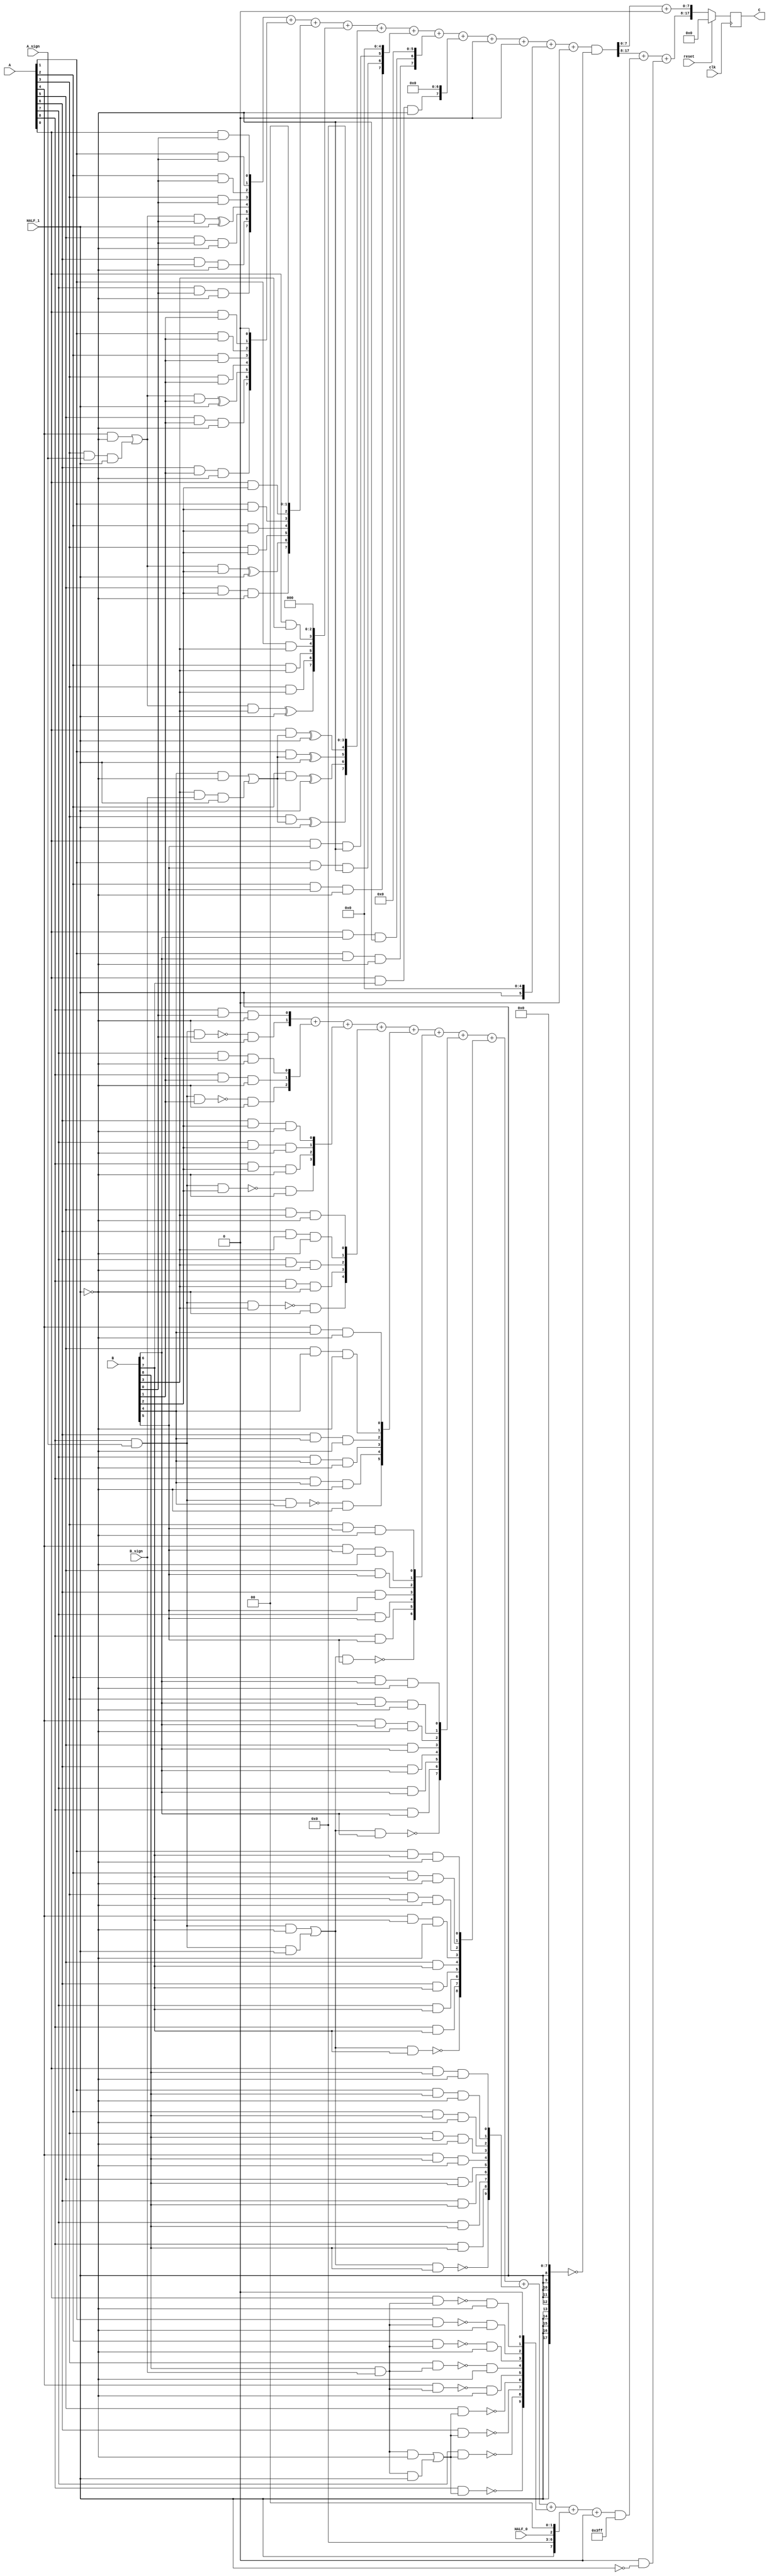
module multiplier_S_C3x2_F1_9bits_9bits_HighLevelDescribed_auto(
		input clk,
		input reset,

		input [A_chop_size-1:0] A,
		input [B_chop_size-1:0] B,

		input A_sign,
		input B_sign,

		input HALF_0,	// a selector bit to switch computation to half mode level 0
		input HALF_1,	// a selector bit to switch computation to half mode level 1

		output reg [A_chop_size+B_chop_size-1:0] C
	);

parameter A_chop_size = 9;
parameter B_chop_size = 9;

// to support both signed and unsigned multiplication
// sign extension regarding extra sign identifier
wire A_extended_level0_0;
wire B_extended_level0_0;
assign A_extended_level0_0 = (A[8])&(A_sign);
assign B_extended_level0_0 = (B[8])&(B_sign);

wire A_extended_level1_0;
wire B_extended_level1_0;
assign A_extended_level1_0 = (A[8])&(A_sign);
assign B_extended_level1_0 = (B[8])&(B_sign);
wire A_extended_level1_1;
wire B_extended_level1_1;
assign A_extended_level1_1 = (A[3])&(A_sign);
assign B_extended_level1_1 = (B[3])&(B_sign);


reg [A_chop_size:0] PP [B_chop_size:0];
always @(*) begin
	PP[0][0] = (A[0])&(B[0]);
	PP[0][1] = (A[1])&(B[0]);
	PP[0][2] = (A[2])&(B[0]);
	PP[0][3] = (A[3])&(B[0]);
	PP[0][4] = ((((A[4])&(~(HALF_1)))|((A_extended_level1_1)&(HALF_1)))&(B[0]))^(HALF_1);
	PP[0][5] = ((A[5])&(B[0]))&(~(HALF_1));
	PP[0][6] = ((A[6])&(B[0]))&(~(HALF_1));
	PP[0][7] = ((A[7])&(B[0]))&(~(HALF_1));
	PP[0][8] = ((A[8])&(B[0]))&(~(HALF_1));
	PP[0][9] = (~((A_extended_level0_0)&(B[0])))&(~(HALF_1));
	PP[1][0] = (A[0])&(B[1]);
	PP[1][1] = (A[1])&(B[1]);
	PP[1][2] = (A[2])&(B[1]);
	PP[1][3] = (A[3])&(B[1]);
	PP[1][4] = ((((A[4])&(~(HALF_1)))|((A_extended_level1_1)&(HALF_1)))&(B[1]))^(HALF_1);
	PP[1][5] = ((A[5])&(B[1]))&(~(HALF_1));
	PP[1][6] = ((A[6])&(B[1]))&(~(HALF_1));
	PP[1][7] = ((A[7])&(B[1]))&(~(HALF_1));
	PP[1][8] = ((A[8])&(B[1]))&(~(HALF_1));
	PP[1][9] = (~((A_extended_level0_0)&(B[1])))&(~(HALF_1));
	PP[2][0] = (A[0])&(B[2]);
	PP[2][1] = (A[1])&(B[2]);
	PP[2][2] = (A[2])&(B[2]);
	PP[2][3] = (A[3])&(B[2]);
	PP[2][4] = ((((A[4])&(~(HALF_1)))|((A_extended_level1_1)&(HALF_1)))&(B[2]))^(HALF_1);
	PP[2][5] = ((A[5])&(B[2]))&(~(HALF_1));
	PP[2][6] = ((A[6])&(B[2]))&(~(HALF_1));
	PP[2][7] = ((A[7])&(B[2]))&(~(HALF_1));
	PP[2][8] = ((A[8])&(B[2]))&(~(HALF_1));
	PP[2][9] = (~((A_extended_level0_0)&(B[2])))&(~(HALF_1));
	PP[3][0] = (A[0])&(B[3]);
	PP[3][1] = (A[1])&(B[3]);
	PP[3][2] = (A[2])&(B[3]);
	PP[3][3] = (A[3])&(B[3]);
	PP[3][4] = ((((A[4])&(~(HALF_1)))|((A_extended_level1_1)&(HALF_1)))&(B[3]))^(HALF_1);
	PP[3][5] = ((A[5])&(B[3]))&(~(HALF_1));
	PP[3][6] = ((A[6])&(B[3]))&(~(HALF_1));
	PP[3][7] = ((A[7])&(B[3]))&(~(HALF_1));
	PP[3][8] = ((A[8])&(B[3]))&(~(HALF_1));
	PP[3][9] = (~((A_extended_level0_0)&(B[3])))&(~(HALF_1));
	PP[4][0] = ((A[0])&(((B[4])&(~(HALF_1)))|((B_extended_level1_1)&(HALF_1))))^(HALF_1);
	PP[4][1] = ((A[1])&(((B[4])&(~(HALF_1)))|((B_extended_level1_1)&(HALF_1))))^(HALF_1);
	PP[4][2] = ((A[2])&(((B[4])&(~(HALF_1)))|((B_extended_level1_1)&(HALF_1))))^(HALF_1);
	PP[4][3] = ((A[3])&(((B[4])&(~(HALF_1)))|((B_extended_level1_1)&(HALF_1))))^(HALF_1);
	PP[4][4] = ((A[4])&(B[4]))&(~(HALF_1));
	PP[4][5] = ((A[5])&(B[4]))&(~(HALF_1));
	PP[4][6] = ((A[6])&(B[4]))&(~(HALF_1));
	PP[4][7] = ((A[7])&(B[4]))&(~(HALF_1));
	PP[4][8] = ((A[8])&(B[4]))&(~(HALF_1));
	PP[4][9] = (~((A_extended_level0_0)&(B[4])))&(~(HALF_1));
	PP[5][0] = ((A[0])&(B[5]))&(~(HALF_1));
	PP[5][1] = ((A[1])&(B[5]))&(~(HALF_1));
	PP[5][2] = ((A[2])&(B[5]))&(~(HALF_1));
	PP[5][3] = ((A[3])&(B[5]))&(~(HALF_1));
	PP[5][4] = ((A[4])&(B[5]))&(~(HALF_1));
	PP[5][5] = (A[5])&(B[5]);
	PP[5][6] = (A[6])&(B[5]);
	PP[5][7] = (A[7])&(B[5]);
	PP[5][8] = (A[8])&(B[5]);
	PP[5][9] = ~((((A_extended_level0_0)&(~(HALF_1)))|((A_extended_level1_0)&(HALF_1)))&(B[5]));
	PP[6][0] = ((A[0])&(B[6]))&(~(HALF_1));
	PP[6][1] = ((A[1])&(B[6]))&(~(HALF_1));
	PP[6][2] = ((A[2])&(B[6]))&(~(HALF_1));
	PP[6][3] = ((A[3])&(B[6]))&(~(HALF_1));
	PP[6][4] = ((A[4])&(B[6]))&(~(HALF_1));
	PP[6][5] = (A[5])&(B[6]);
	PP[6][6] = (A[6])&(B[6]);
	PP[6][7] = (A[7])&(B[6]);
	PP[6][8] = (A[8])&(B[6]);
	PP[6][9] = ~((((A_extended_level0_0)&(~(HALF_1)))|((A_extended_level1_0)&(HALF_1)))&(B[6]));
	PP[7][0] = ((A[0])&(B[7]))&(~(HALF_1));
	PP[7][1] = ((A[1])&(B[7]))&(~(HALF_1));
	PP[7][2] = ((A[2])&(B[7]))&(~(HALF_1));
	PP[7][3] = ((A[3])&(B[7]))&(~(HALF_1));
	PP[7][4] = ((A[4])&(B[7]))&(~(HALF_1));
	PP[7][5] = (A[5])&(B[7]);
	PP[7][6] = (A[6])&(B[7]);
	PP[7][7] = (A[7])&(B[7]);
	PP[7][8] = (A[8])&(B[7]);
	PP[7][9] = ~((((A_extended_level0_0)&(~(HALF_1)))|((A_extended_level1_0)&(HALF_1)))&(B[7]));
	PP[8][0] = ((A[0])&(B[8]))&(~(HALF_1));
	PP[8][1] = ((A[1])&(B[8]))&(~(HALF_1));
	PP[8][2] = ((A[2])&(B[8]))&(~(HALF_1));
	PP[8][3] = ((A[3])&(B[8]))&(~(HALF_1));
	PP[8][4] = ((A[4])&(B[8]))&(~(HALF_1));
	PP[8][5] = (A[5])&(B[8]);
	PP[8][6] = (A[6])&(B[8]);
	PP[8][7] = (A[7])&(B[8]);
	PP[8][8] = (A[8])&(B[8]);
	PP[8][9] = ~((((A_extended_level0_0)&(~(HALF_1)))|((A_extended_level1_0)&(HALF_1)))&(B[8]));
	PP[9][0] = (~((A[0])&(B_extended_level0_0)))&(~(HALF_1));
	PP[9][1] = (~((A[1])&(B_extended_level0_0)))&(~(HALF_1));
	PP[9][2] = (~((A[2])&(B_extended_level0_0)))&(~(HALF_1));
	PP[9][3] = (~((A[3])&(B_extended_level0_0)))&(~(HALF_1));
	PP[9][4] = (~((A[4])&(B_extended_level0_0)))&(~(HALF_1));
	PP[9][5] = ~((A[5])&(((B_extended_level0_0)&(~(HALF_1)))|((B_extended_level1_0)&(HALF_1))));
	PP[9][6] = ~((A[6])&(((B_extended_level0_0)&(~(HALF_1)))|((B_extended_level1_0)&(HALF_1))));
	PP[9][7] = ~((A[7])&(((B_extended_level0_0)&(~(HALF_1)))|((B_extended_level1_0)&(HALF_1))));
	PP[9][8] = ~((A[8])&(((B_extended_level0_0)&(~(HALF_1)))|((B_extended_level1_0)&(HALF_1))));
	PP[9][9] = (A_extended_level0_0)&(B_extended_level0_0);
end

// sum of PPs
integer j;
integer i_0;
integer i_1;

wire [18:0] Baugh_Wooley_0;
assign Baugh_Wooley_0 = {{1'b0},{1'b0},{1'b0},{(HALF_1)|(1'b0)},{1'b0},{1'b0},{1'b0},{1'b0},{(HALF_0)|(1'b0)},{1'b0},{1'b0},{1'b0},{1'b0},{(HALF_1)|(1'b0)},{1'b0},{1'b0},{1'b0},{1'b0},{1'b0}};
wire [18:0] Baugh_Wooley_1;
assign Baugh_Wooley_1 = {{1'b0},{1'b0},{1'b0},{1'b0},{1'b0},{1'b0},{1'b0},{1'b0},{1'b0},{1'b0},{1'b0},{1'b0},{1'b0},{1'b0},{1'b0},{1'b0},{1'b0},{1'b0},{1'b0}};

reg [18:0] PP_temp [9:0];
always @(*) begin
	for (j = 0; j < (B_chop_size +1); j = j + 1 ) begin
		PP_temp[j] = 19'b0 ;
	end
	for (j = 0; j < (B_chop_size +1); j = j + 1 ) begin
		PP_temp[j] = (PP[j] << j);
	end
end

reg [17:0] C_temp_0;
reg [17:0] C_temp_1;
reg [17:0] C_0;
reg [17:0] C_1;
always @(*) begin
	C_temp_1 [7:0] = 8'b0;
	C_1 [7:0] = C_temp_1 [7:0];
	C_temp_0[17:0] = PP_temp[0][7: 0] + PP_temp[1][7: 0] + PP_temp[2][7: 0] + PP_temp[3][7: 0] + PP_temp[4][7: 0] + PP_temp[5][7: 0] + PP_temp[6][7: 0] + PP_temp[7][7: 0] + PP_temp[8][7: 0] + PP_temp[9][7: 0] + Baugh_Wooley_0[7: 0] + Baugh_Wooley_1[7: 0];
	C_0[17:0] = (C_temp_0[17:0])&(~({{10{HALF_1}},{8{1'b0}}}));
	C_temp_1[17:8] = PP_temp[0][17: 8] + PP_temp[1][17: 8] + PP_temp[2][17: 8] + PP_temp[3][17: 8] + PP_temp[4][17: 8] + PP_temp[5][17: 8] + PP_temp[6][17: 8] + PP_temp[7][17: 8] + PP_temp[8][17: 8] + PP_temp[9][17: 8] + Baugh_Wooley_0[17: 8] + Baugh_Wooley_1[17: 8];
	C_1[17:8] = (C_temp_1[17:8])&(~({{0{(HALF_0)|(HALF_1)}},{10{1'b0}}}));
end

reg C_carry_temp_0;
reg signed [A_chop_size+B_chop_size-1:0] C_temp;
always @(*) begin
	C_temp[7: 0] = C_0[7: 0] + C_1[7: 0];
	C_carry_temp_0 = ((((C_0[7])&(C_1[7])))|(((C_0[7])^(C_1[7]))&((C_0[6])&(C_1[6])))|(((C_0[7])^(C_1[7]))&((C_0[6])^(C_1[6]))&((C_0[5])&(C_1[5])))|(((C_0[7])^(C_1[7]))&((C_0[6])^(C_1[6]))&((C_0[5])^(C_1[5]))&((C_0[4])&(C_1[4])))|(((C_0[7])^(C_1[7]))&((C_0[6])^(C_1[6]))&((C_0[5])^(C_1[5]))&((C_0[4])^(C_1[4]))&((C_0[3])&(C_1[3])))|(((C_0[7])^(C_1[7]))&((C_0[6])^(C_1[6]))&((C_0[5])^(C_1[5]))&((C_0[4])^(C_1[4]))&((C_0[3])^(C_1[3]))&((C_0[2])&(C_1[2])))|(((C_0[7])^(C_1[7]))&((C_0[6])^(C_1[6]))&((C_0[5])^(C_1[5]))&((C_0[4])^(C_1[4]))&((C_0[3])^(C_1[3]))&((C_0[2])^(C_1[2]))&((C_0[1])&(C_1[1])))|(((C_0[7])^(C_1[7]))&((C_0[6])^(C_1[6]))&((C_0[5])^(C_1[5]))&((C_0[4])^(C_1[4]))&((C_0[3])^(C_1[3]))&((C_0[2])^(C_1[2]))&((C_0[1])^(C_1[1]))&((C_0[0])&(C_1[0])))|(((C_0[7])^(C_1[7]))&((C_0[6])^(C_1[6]))&((C_0[5])^(C_1[5]))&((C_0[4])^(C_1[4]))&((C_0[3])^(C_1[3]))&((C_0[2])^(C_1[2]))&((C_0[1])^(C_1[1]))&((C_0[0])^(C_1[0]))&(1'b0)));
	C_temp[17: 8] = C_0[17: 8] + C_1[17: 8] + ((C_carry_temp_0)&(~(HALF_1)));
end
always @ (posedge clk) begin
	if(reset)
		C <= 0;
	else
		C <= C_temp[A_chop_size+B_chop_size-1:0];
end


endmodule